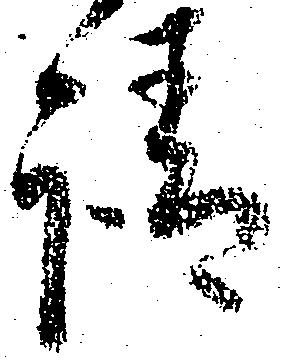
請